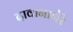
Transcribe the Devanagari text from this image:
दावानागेरे